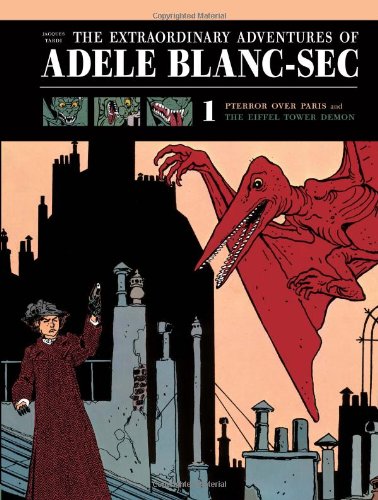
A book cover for The Extraordinary Adventures of Adele Blanc-Sec: Pterror over Paris and The Eiffel Tower Demon (The Extraordinary Adventures of AdÃ©le Blanc-Sec); Jacques Tardi; Comics & Graphic Novels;